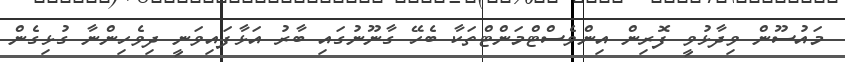
މައުސޫން ވިދާޅުވީ ފޮރިން އިންވެސްޓްމަންޓްތަކާ ބެހޭ ގާނޫނުގައި ބާރު އަޅާފައިވަނީ ދިވެހިންނާ ގުޅިގެން